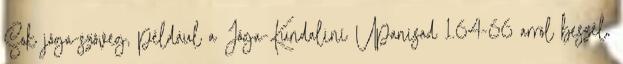
Sok jóga-szöveg, például a Jóga-Kundaliní Upanisad 1.64-66 arról beszél,